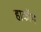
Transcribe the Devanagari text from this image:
हाकॉन